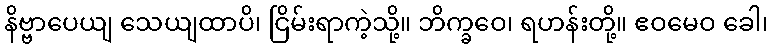
နိဗ္ဗာပေယျ သေယျထာပိ၊ ငြိမ်းရာကဲ့သို့။ ဘိက္ခဝေ၊ ရဟန်းတို့။ ဧဝမေဝ ခေါ၊